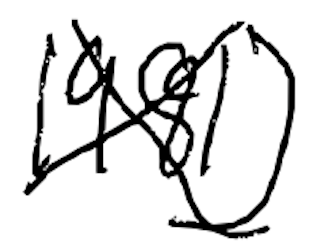
Text: 1981)
Cross-out: cross
Writing tool: digital_black